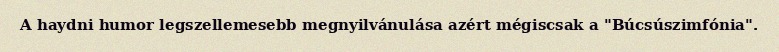
A haydni humor legszellemesebb megnyilvánulása azért mégiscsak a "Búcsúszimfónia".